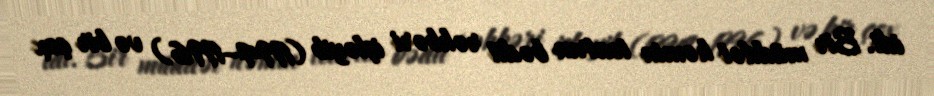
idi. Bir müddət həmin teatrın bədii rəhbəri işləyib (1994–1996) və bir çox